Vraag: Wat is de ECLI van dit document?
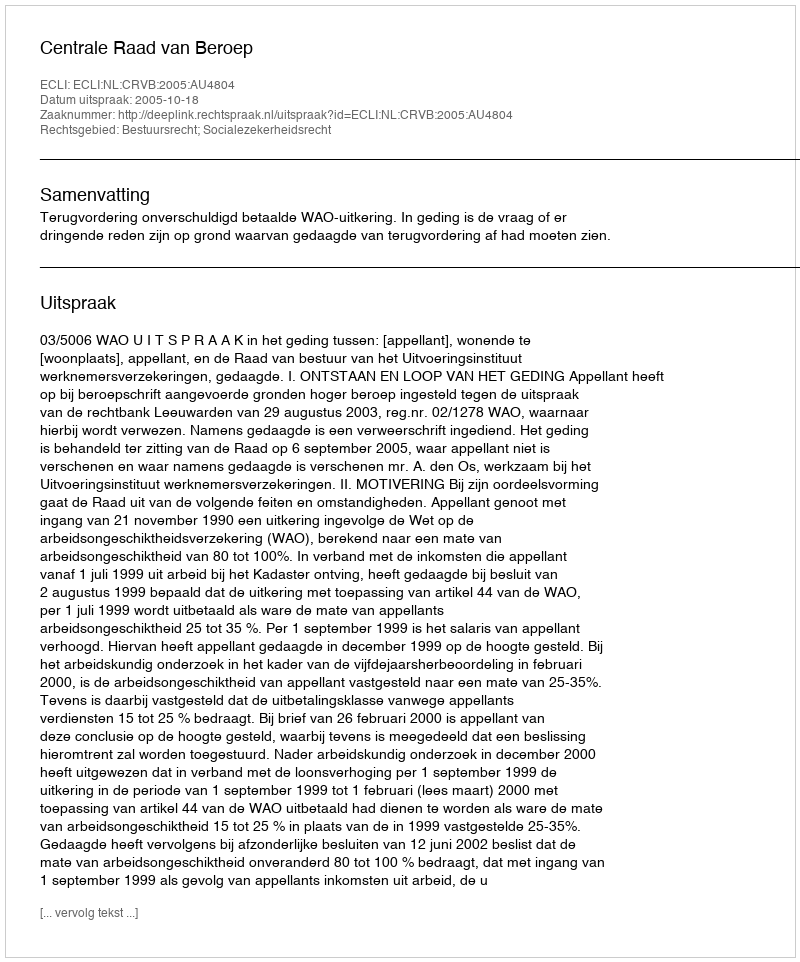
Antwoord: ECLI:NL:CRVB:2005:AU4804